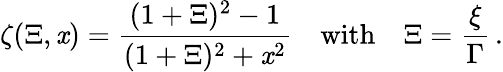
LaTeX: \zeta(\Xi,\mathit{x})=\frac{{(1+\Xi)^{2}-1}}{{(1+\Xi)^{2}+\mathit{x}^{2}}}\quad\mathrm{{with}}\quad\Xi=\frac{{\xi}}{{\Gamma}}\, .